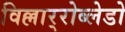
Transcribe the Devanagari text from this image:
विल्लार्‍रोब्लेडो